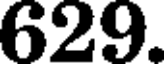
629.